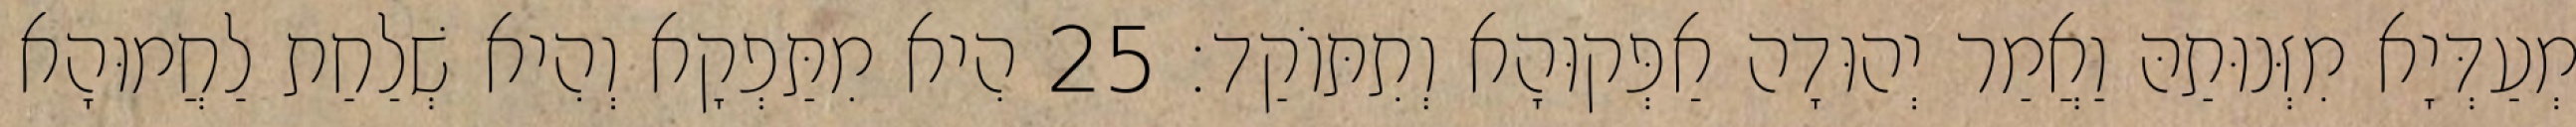
מְעַדְּיָא מִזְּנוּתַהּ וַאֲמַר יְהוּדָה אַפְּקוּהָא וְתִתּוֹקַד׃ 25 הִיא מִתַּפְקָא וְהִיא שְׁלַחַת לַחֲמוּהָא